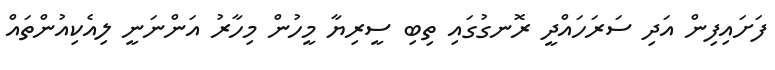
ފަށައިފިން އަދި ސަރަހައްދީ ރޮނގުގައި ތިބި ސީރިޔާ މީހުން މިހާރު އަންނަނީ ލިއެކިއުންތައް